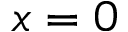
x = 0